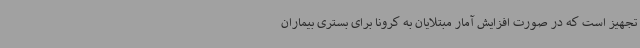
تجهیز است که در صورت افزایش آمار مبتلایان به کرونا برای بستری بیماران